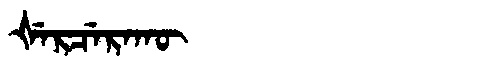
Manchu: ᡧᡝᡵᠴᡝᡵᠠᡴᡡ
Romanization: ŠERCERAKŪ